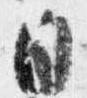
日